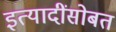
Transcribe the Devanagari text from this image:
इत्यादींसोबत